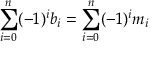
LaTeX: \sum _ { i = 0 } ^ { n } ( - 1 ) ^ { i } b _ { i } = \sum _ { i = 0 } ^ { n } ( - 1 ) ^ { i } m _ { i }